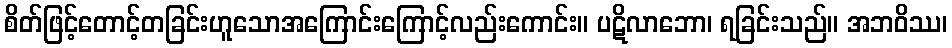
စိတ်ဖြင့်တောင့်တခြင်းဟူသောအကြောင်းကြောင့်လည်းကောင်း။ ပဋိလာဘော၊ ရခြင်းသည်။ အဘဝိဿ၊